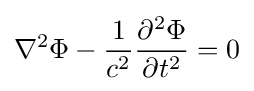
\nabla ^{2}\Phi -{1 \over c^{2}}{\partial ^{2}\Phi  \over \partial t^{2}}=0